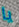
يا